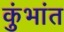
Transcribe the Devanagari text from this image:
कुंभांत